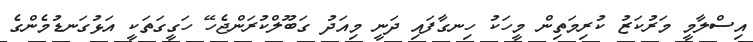
އިސްލާމީ މަރުކަޒު ކުރިމަތިން މީހަކު ހިނގާފައި ދަނީ މިއަދު ގަބޫލްކުރަންޖެހޭ ހަގީގަތަކީ އަޅުގަނޑުމެންގެ